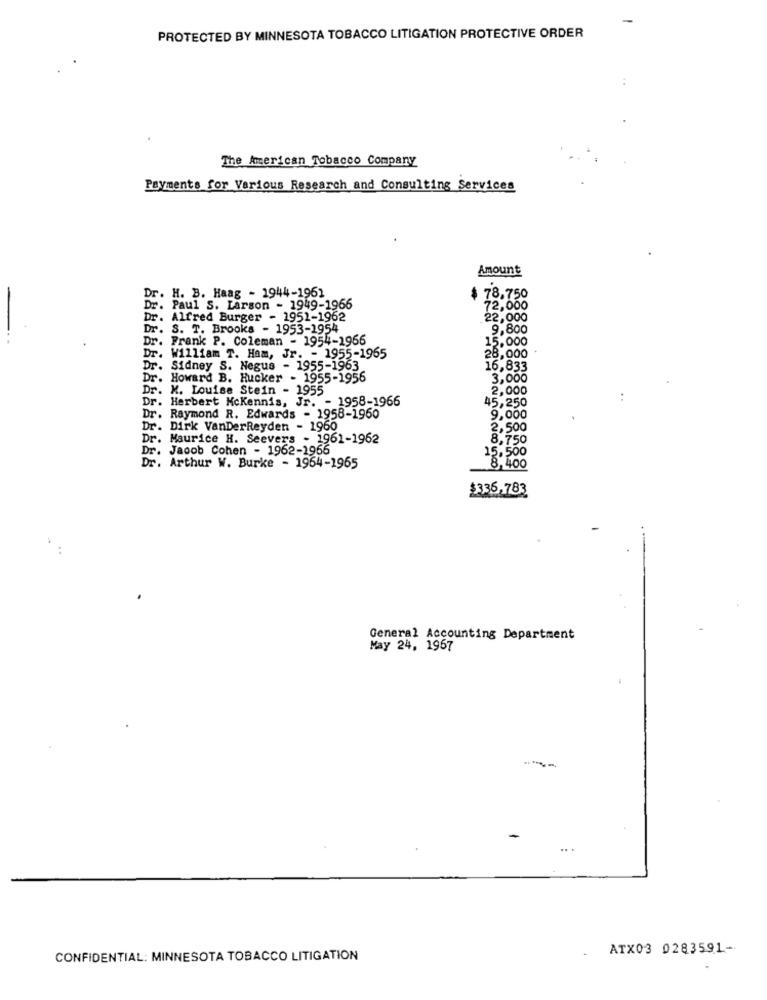
PROTECTED BY MINNESOTA TOBACCO LITIGATION PROTECTIVE ORDER
The American Tobacco Company
Payments for Various Research and Consulting Services
Amount
Dr. H. B. Haag - 1944-1961
$ 78,750
. Paul S. Larson - 1949-1966
72,000
. Alfred Burger - 1951-1962
22,000
Dr. S. T. Brooks - 1953-1954
9,800
Dr. Frank P. Coleman - 1954-1966
15,000
Dr.
William T. Ham, Jr. - 1955-1965
28,000
Dr. Sidney S. Negus - 1955-1963
16,833
Dr .
Howard B. Hucker - 1955-1956
3,000
Dr .
K. Louise Stein - 1955
2,000
45,250
Dr. Herbert Mckennis, Jr. - 1958-1966
Dr. Raymond R. Edwards - 1958-1960
9,000
Dr. Dirk VanDerReyden - 1960
2,500
Dr. Maurice H. Seevers - 1961-1962
8,750
Dr. Jacob Cohen - 1962-1966
15,500
Dr. Arthur W. Burke - 1964-1965
8,400
$336,783
..
General Accounting Department
May 24, 1967
.. .
ATX03 0283591-
CONFIDENTIAL: MINNESOTA TOBACCO LITIGATION